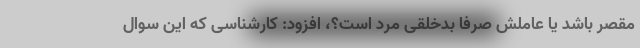
مقصر باشد یا عاملش صرفا بدخلقی مرد است؟، افزود: کارشناسی که این سوال